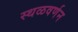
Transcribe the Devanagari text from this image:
स्थळवर्णन